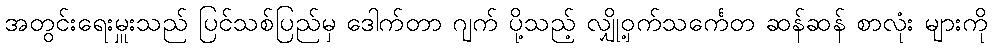
အတွင်းရေးမှူးသည် ပြင်သစ်ပြည်မှ ဒေါက်တာ ဂျက် ပို့သည့် လျှို့ဝှက်သင်္ကေတ ဆန်ဆန် စာလုံး များကို